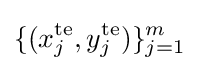
\{(x_{j}^{\text{te}},y_{j}^{\text{te}})\}_{j=1}^{m}